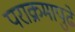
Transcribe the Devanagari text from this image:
पराक्रमापुढे